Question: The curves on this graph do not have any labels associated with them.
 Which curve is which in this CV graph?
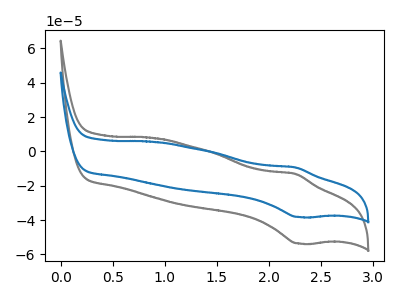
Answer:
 <answer>The gray curve does not have a label. The blue curve does not have a label.</answer>
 <eval></eval>